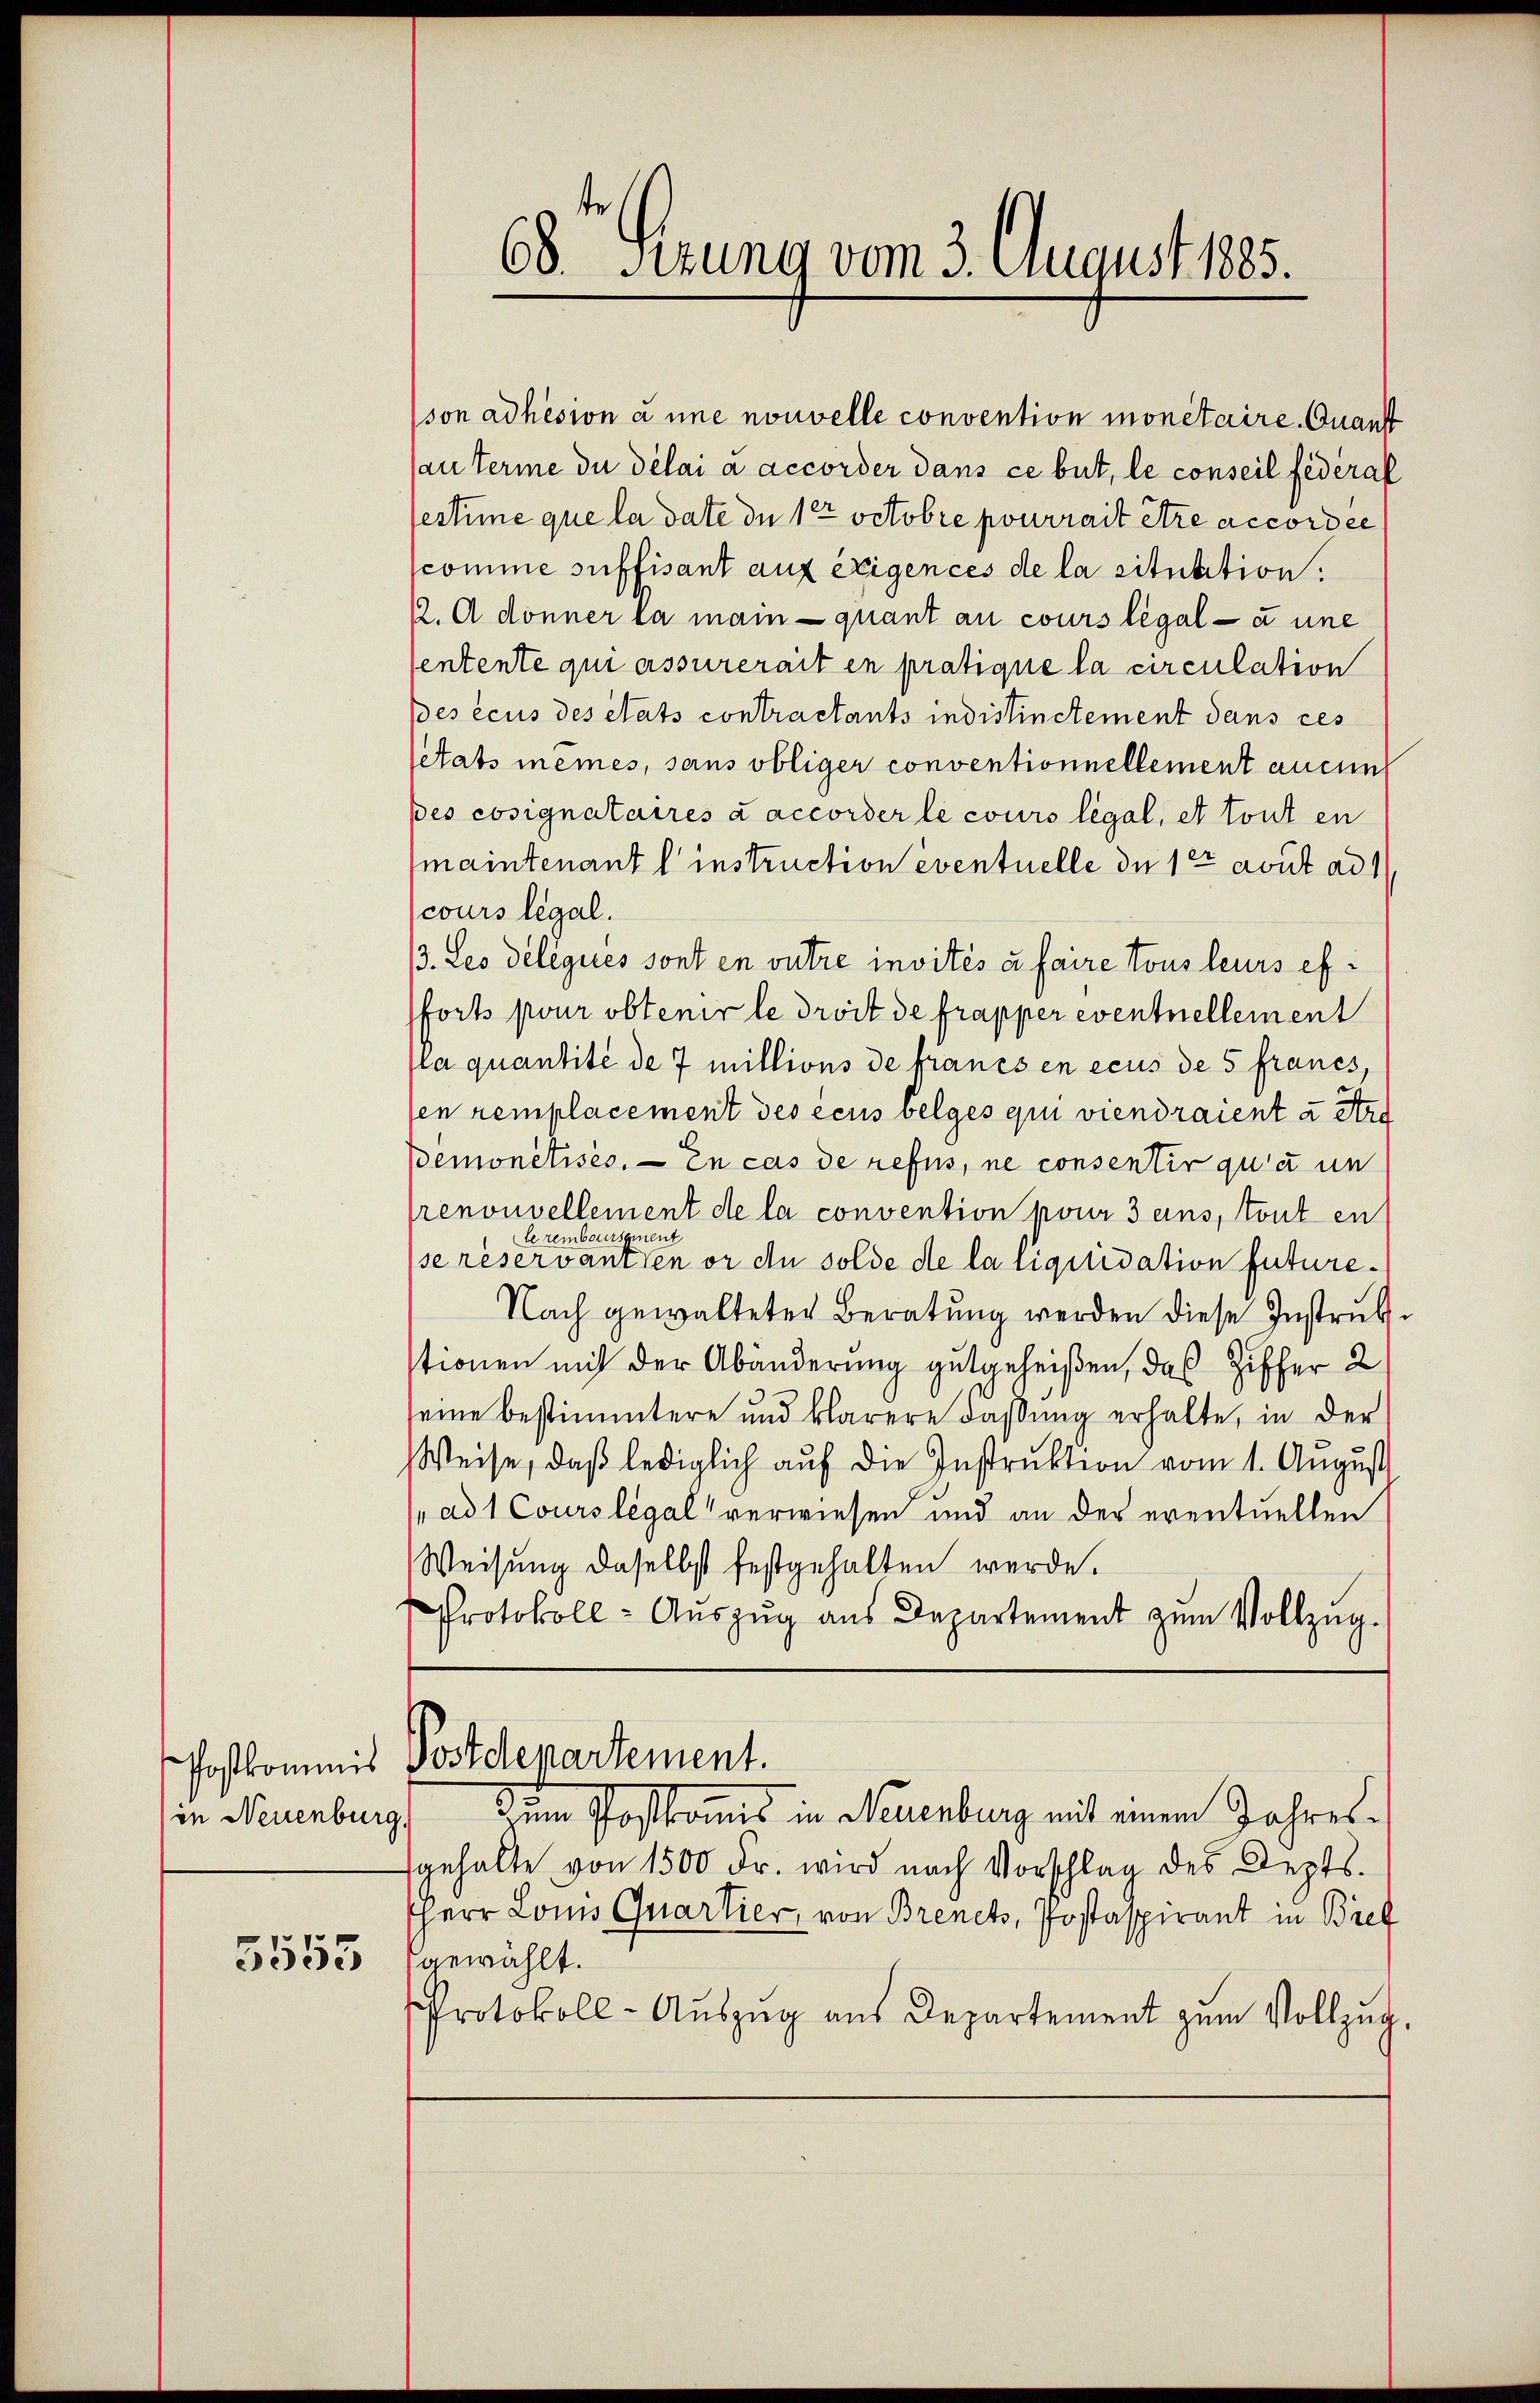
in Neuenburg,

5553

68. Sitzung vom 3. August 1885.

son adhésion à une nouvelle convention monetaire. Quant
au terme du délai a accorder dans ce but, le conseil federal
lestime que la date du 1t Octobre pourrait être accordée
scomme suffisant auf Eigences de la situtition.
2. A donner la main quant au cours légal - à une
entente qui assurerait en pratique la circulation
es écus des états contractants indistinctement dans ces
etats meines, sans obliger conventionnellement aucun
pes cosignataires Laccorder le cours légal, et tout en
maintenant l’instruction eventuelle de 12 avut ad 1
cours legal.
3. Les deleques sont en outre invités à faire Tous leurs ef¬
Forts pour obtenir le droit de frapper eventuellement
a quantité de 7 millions de francs en ecus de 5 francs,
en remplacement des écus belges qui viendraient u Art
Bemonetisés. — En cas de refus, ne consentir qua un
renouvellement de la convention pour 3 eins, tout en
leremboursement
se reservanten or an solde de la liquidation future¬
Nach gewalteter Beratung werden diese Instrukstionen mit der Abänderung gutgeheißen, das Ziffer 2
eine bestimmtere und klarere dassung erhalte, in der
Weise, daβ lediglich aŭf die Instrŭktion vom 1. Aŭgŭst
„ad 1 Cours légal verwiesen und an der eventuellen
Weisung daselbst festgehalten werde.
Protokoll- Aŭszŭg aŭs Departement zŭm Vollzug.
Postkommis Postdepartement.
dum Postkams in Neuenburg mit einem Jahresgehalte von 1500 Fr. wird nach Vorschlag des Depts.
Herr Louis Quartier, von Brenets, Postaspirant in Brief
gewählt.
Protokoll- Aŭszŭg aŭs Departement zum Vollzŭg,